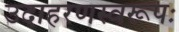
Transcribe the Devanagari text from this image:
उदाहरणस्वरूपः